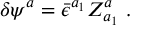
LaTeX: \delta \psi ^ { a } = { \bar { \epsilon } } ^ { a _ { 1 } } Z _ { a _ { 1 } } ^ { a } \ .